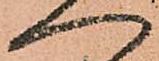
へ